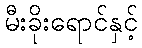
မီးခိုးရောင်နှင့်